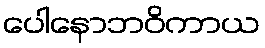
ပေါနောဘဝိကာယ